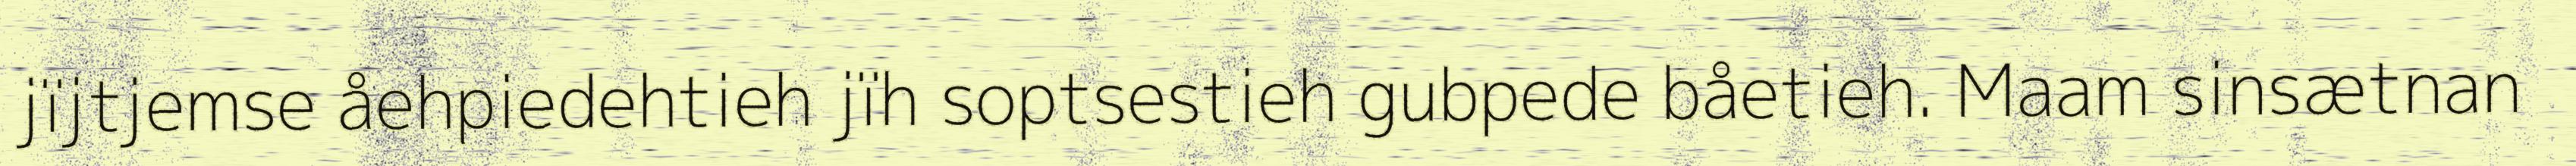
jïjtjemse åehpiedehtieh jïh soptsestieh gubpede båetieh. Maam sinsætnan